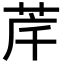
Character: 𮎶